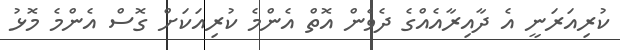
ކުރިއަރަނީ އެ ދާއިރާއެއްގެ ދެވެން އޮތް އެންމެ ކުރިއަކަށް ގޮސް އެންމެ މޮޅު